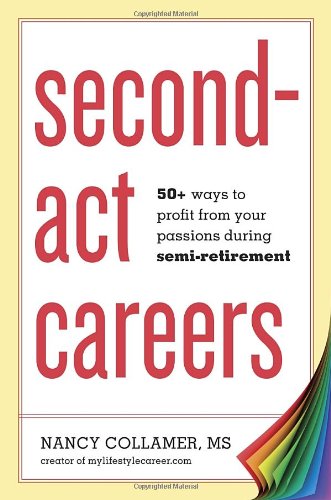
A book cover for Second-Act Careers: 50+ Ways to Profit from Your Passions During Semi-Retirement; Nancy Collamer; Business & Money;